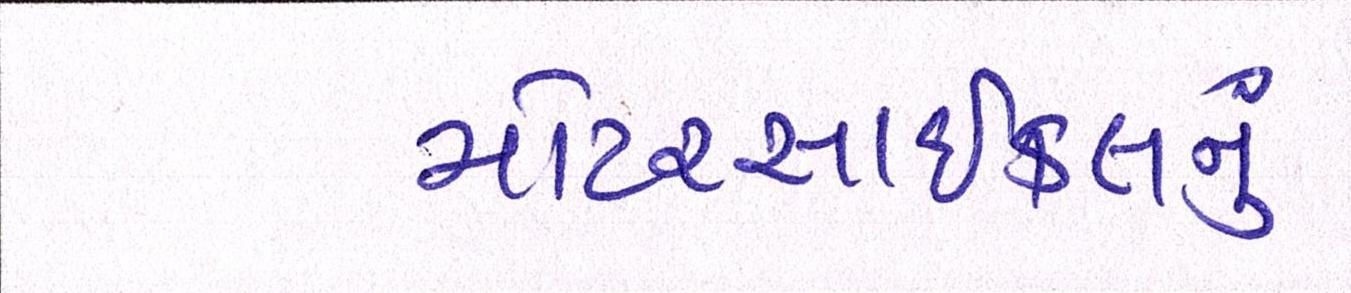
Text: મોટરસાઇકલનું